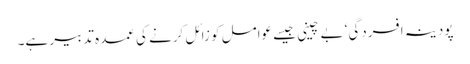
پودینہ افسردگی‘ بے چینی جیسے عوامل کو زائل کرنے کی عمدہ تدبیر ہے۔